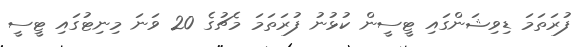
ފުރަތަމަ ޑިވިޝަންގައި ޓީސީން ކުޅުނު ފުރަތަމަ މެޗުގެ 20 ވަނަ މިނިޓުގައި ޓީސީ